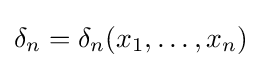
\delta _{n}=\delta _{n}(x_{1},\ldots ,x_{n})